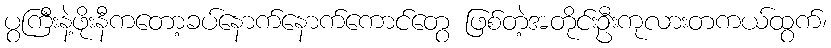
ပွကြီးနဲ့ဖိုးနီကတော့ခပ်နောက်နောက်ကောင်တွေ ဖြစ်တဲ့အတိုင်းဦးကုလားတကယ်ထွက်၊